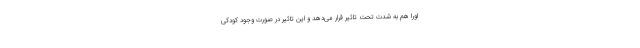
اورا هم به شدت تحت تاثیر قرار می‌دهد و این تاثیر در صورت وجود کودکی